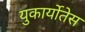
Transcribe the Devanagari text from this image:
युकार्योतेस